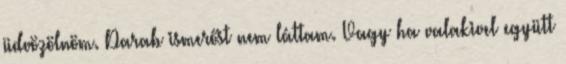
üdvözölnöm. Darab ismerőst nem láttam. Vagy ha valakivel együtt